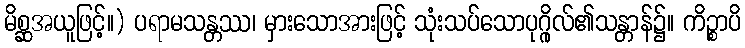
မိစ္ဆအယူဖြင့်။) ပရာမသန္တဿ၊ မှားသောအားဖြင့် သုံးသပ်သောပုဂ္ဂိုလ်၏သန္တာန်၌။ ကိဉ္စာပိ